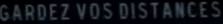
GARDEZ VOS DISTANCES